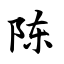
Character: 陈